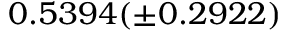
0 . 5 3 9 4 ( \pm 0 . 2 9 2 2 )